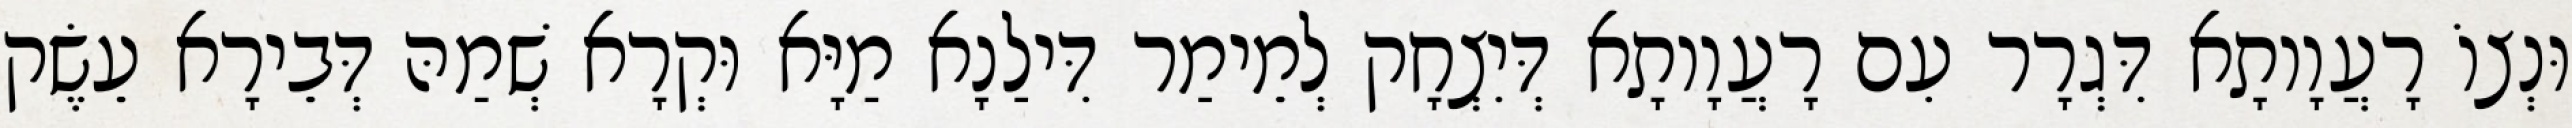
וּנְצוֹ רָעֲוָותָא דִּגְרָר עִם רָעֲוָותָא דְּיִצְחָק לְמֵימַר דִּילַנָא מַיָּא וּקְרָא שְׁמַהּ דְּבֵירָא עֵשֶׂק